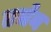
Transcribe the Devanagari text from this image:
तर्जन